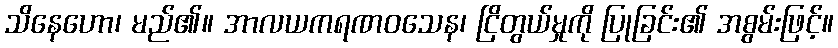
သိနေဟော၊ မည်၏။ အာလယကရဏဝသေန၊ ငြိတွယ်မှုကို ပြုခြင်း၏ အစွမ်းဖြင့်။